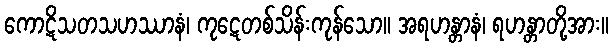
ကောဋိသတသဟဿာနံ၊ ကုဋေတစ်သိန်းကုန်သော။ အရဟန္တာနံ၊ ရဟန္တာတို့အား။